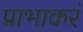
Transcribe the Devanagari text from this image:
प्राभाकरं